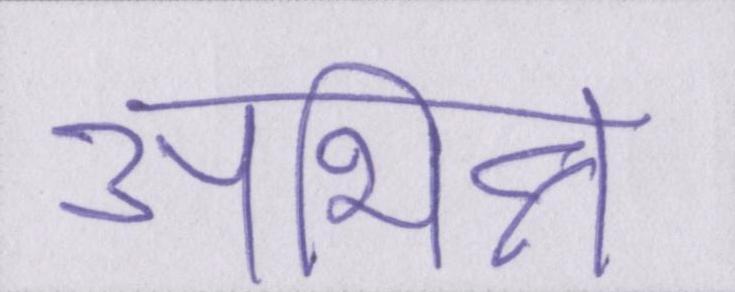
अभिन्न